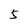
Character: 5